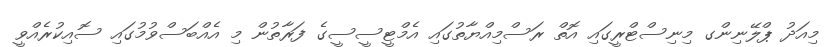
މިއަދު ޕްލޭނިންގ މިނިސްޓްރީގައި އޮތް ރަސްމިއްޔާތުގައި އެމްޓީސީސީގެ ފަރާތުން މި އެއްބަސްވުމުގައި ސޮއިކުރެއްވީ